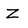
Character: Z